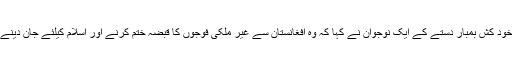
اس موقع پر خود کش بمبار دستے کے ایک نوجوان نے کہا کہ وہ افغانستان سے غیر ملکی فوجوں کا قبضہ ختم کرنے اور اسلام کیلئے جان دینے پر تیار ہے۔